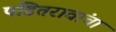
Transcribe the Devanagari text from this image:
पंडितरावांचा